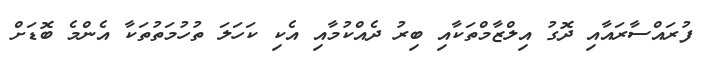
ފުރައްސާރައާއި ދޮގު އިލްޒާމްތަކާއި ބިރު ދެއްކުމާއި އެކި ކަހަލަ ތުހުމަތުތަކާ އެންމެ ބޮޑަށް